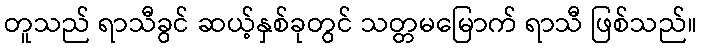
တူသည် ရာသီခွင် ဆယ့်နှစ်ခုတွင် သတ္တမမြောက် ရာသီ ဖြစ်သည်။